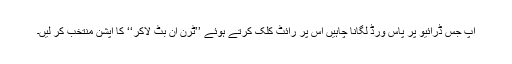
آپ جس ڈرائیو پر پاس ورڈ لگانا چاہیں اس پر رائٹ کلک کرتے ہوئے ’’ٹرن آن بٹ لاکر‘‘ کا آپشن منتخب کر لیں۔